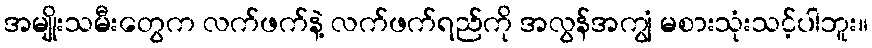
အမျိုးသမီးတွေက လက်ဖက်နဲ့ လက်ဖက်ရည်ကို အလွန်အကျွံ မစားသုံးသင့်ပါဘူး။